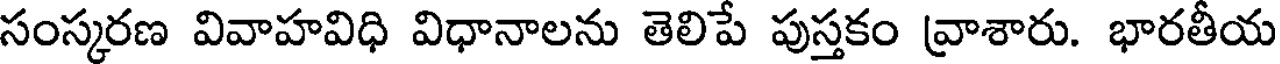
సంస్కరణ వివాహవిధి విధానాలను తెలిపే పుస్తకం వ్రాశారు. భారతీయ